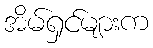
အိမ်ရှင်များက